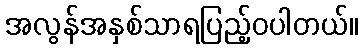
အလွန်အနှစ်သာရပြည့်ဝပါတယ်။